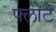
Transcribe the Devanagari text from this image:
फ्लोटे